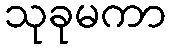
သုခုမကာ